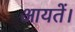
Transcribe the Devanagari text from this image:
आयतें।